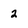
Character: 2